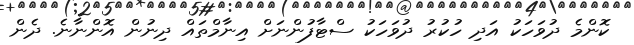
ކޮންމެ ދުވަހަކު އަދި ހުކުރު ދުވަހަކު ސްޓާފުންނަށް އިނާމްތައް ދިނުން އޮންނާނެ. ދެން